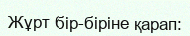
Жұрт бір-біріне қарап: